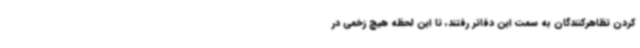
کردن تظاهرکنندگان به سمت این دفاتر رفتند، تا این لحظه هیچ زخمی در